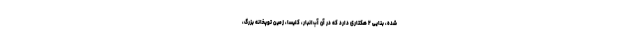
شد‌ه، بنایی ۲ هکتاری دارد که در آن آب‌انبار، کلیسا، زمین توپخانه بزرگ،